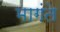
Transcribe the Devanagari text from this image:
मागंते